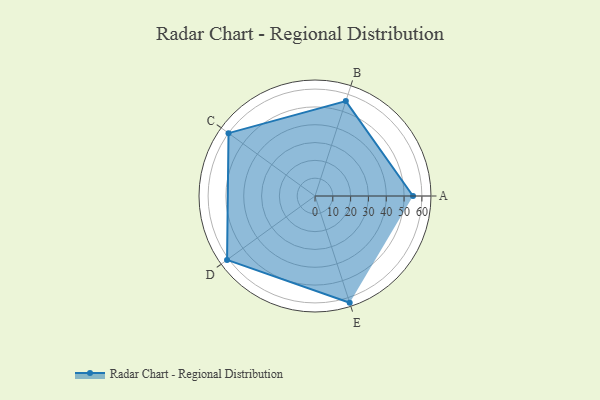
{"axis": {"x": "Skill", "y": "Score"}, "legend": ["Profile"], "data": [{"x": "A", "y": 55.0, "type": "Profile"}, {"x": "B", "y": 56.0, "type": "Profile"}, {"x": "C", "y": 60.0, "type": "Profile"}, {"x": "D", "y": 61.0, "type": "Profile"}, {"x": "E", "y": 63.0, "type": "Profile"}]}